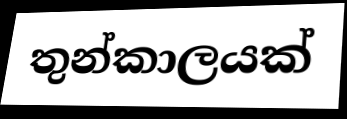
තුන්කාලයක්